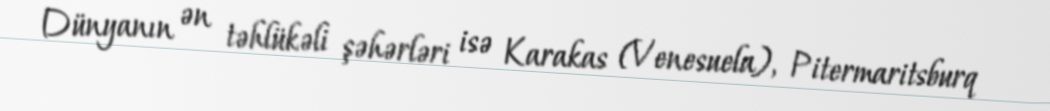
Dünyanın ən təhlükəli şəhərləri isə Karakas (Venesuela), Pitermaritsburq